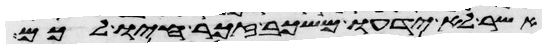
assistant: אשר לא ידעו משכב זכר חיו לכם